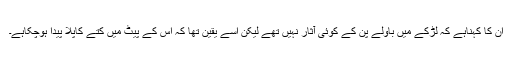
ان کا کہناہے کہ لڑکے میں باولے پن کے کوئی آثار نہیں تھے لیکن اسے یقین تھا کہ اس کے پیٹ میں کتے کاپلا پیدا ہوچکاہے۔